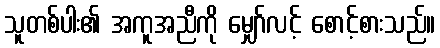
သူတစ်ပါး၏ အကူအညီကို မျှော်လင့် စောင့်စားသည်။